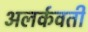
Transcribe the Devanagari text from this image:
अलर्कवती